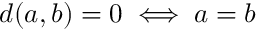
d ( a , b ) = 0 \iff a = b